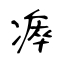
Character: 瘁